Medical and sanitary report on the native army of Bombay for the year
Year: 1879
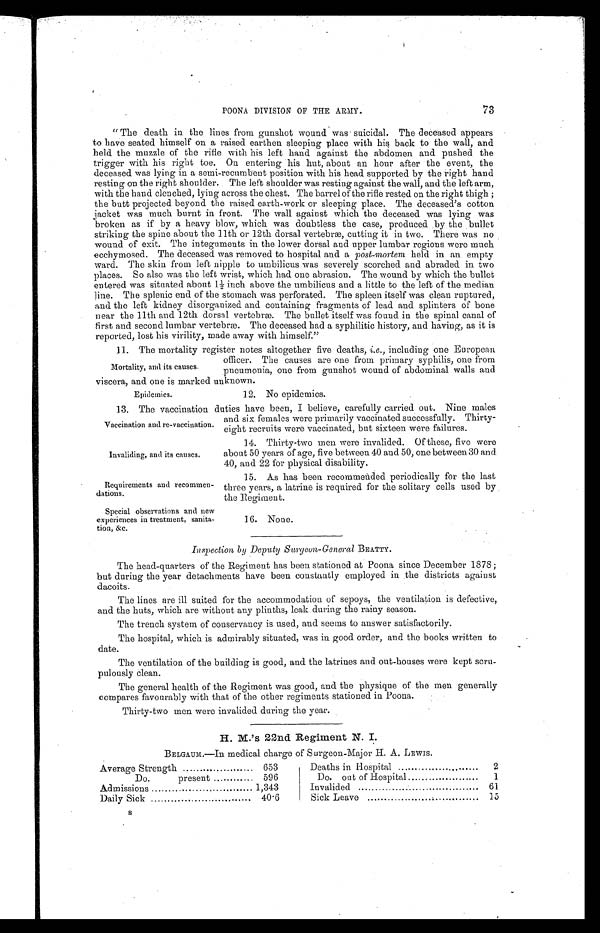
Epidemics.
12. No epidemics.
Invaliding, and its causes.
Requirements and recommen
-
dations.
Special observations and new
experiences in treatment, sanita
-
tion, &c.
73
POONA DIVISION OF THE ARMY.
"The death in the lines from gunshot wound was suicidal. The deceased appears
to have seated himself on a raised earthen sleeping place with his back to the wall, and
held the muzzle of the rifle with his left hand against the abdomen and pushed the
trigger with his right toe. On entering his hut, about an hour after the event, the
deceased was lying in a semi-recumbent position with his head supported by the right hand
resting on the right shoulder. The left shoulder was resting against the wall, and the left arm,
with the hand clenched, lying across the chest. The barrel of the rifle rested on the right thigh;
the butt projected beyond the raised earth-work or sleeping place. The deceased's cotton
jacket was much burnt in front. The wall against which the deceased was lying was
broken as if by a heavy blow, which was doubtless the case, produced. by the bullet
striking the spine about the 11th or 12th dorsal vertebræ, cutting it in two. There was no
wound of exit. The integuments in the lower dorsal and upper lumbar regions were much
ecchymosed. The deceased was removed to hospital and a post-mortem held in an empty
ward. The skin from left nipple to umbilicus was severely scorched and abraded in two
places. So also was the left wrist, which had one abrasion. The wound by which the bullet
entered was situated about 1½ inch above the umbilicus and a little to the left of the median
line. The splenic end of the stomach was perforated. The spleen itself was clean ruptured,
and the left kidney disorganized and containing fragments of lead and splinters of bone
near the 11th and 12th dorsal vertebræ. The bullet itself was found in the spinal canal of
first and second lumbar vertebræ. The deceased had a syphilitic history, and having, as it is
reported, lost his virility, made away with himself."
11. The mortality register notes altogether five deaths, i.e., including one European
officer. The causes are one from primary syphilis, one from
pneumonia, one from gunshot wound of abdominal walls and
viscera, and one is marked unknown.
Mortality, and its causes.
13. The vaccination duties have been, I believe, carefully carried out. Nine males
and six females were primarily vaccinated successfully. Thirty
-
eight recruits were vaccinated, but sixteen were failures.
Vaccination and re-vaccination.
14. Thirty-two men were invalided. Of these, five were
about 50 years of age, five between 40 and 50, one between 30 and
40, and 22 for physical disability.
15. As has been recommended periodically for the last
three years, a latrine is required for the solitary cells used by
the Regiment.
16. None.
Inspection by Deputy Surgeon-General BEATTY.
The head-quarters of the Regiment has been stationed at Poona since December 1878;
but during the year detachments have been constantly employed in the districts against
dacoits.
The lines are ill suited for the accommodation of sepoys, the ventilation is defective,
and the huts, which are without any plinths, leak during the rainy season.
The trench system of conservancy is used, and seems to answer satisfactorily.
The hospital, which is admirably situated, was in good order, and the books written to
date.
The ventilation of the building is good, and the latrines and out-houses were kept scru-
pulously clean.
The general health of the Regiment was good, and the physique of the men generally
compares favourably -with that of the other regiments stationed in Poona.
Thirty-two men were invalided during the year.
H. M.'s 22nd Regiment N. I.
BELGAUM.—In medical charge of Surgeon-Major H. A. LEWIS.
Average Strength . . .
653
Do. present . . .
596
Admissions . . .
1,343
Daily Sick . . .
40.6
Deaths in Hospital . . .
2
Do. out of Hospital . . .
1
Invalided . . .
61
Sick Leave . . .
15